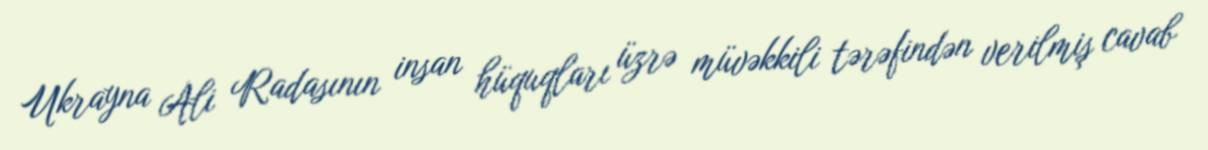
Ukrayna Ali Radasının insan hüquqları üzrə müvəkkili tərəfindən verilmiş cavab